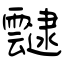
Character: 靆